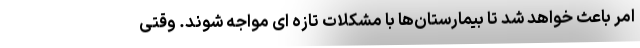
امر باعث خواهد شد تا بیمارستان‌ها با مشکلات تازه ای مواجه شوند. وقتی